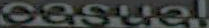
eesuel